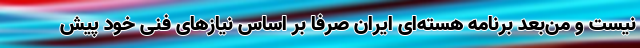
نیست و من‌بعد برنامه هسته‌ای ایران صرفاً بر اساس نیازهای فنی خود پیش